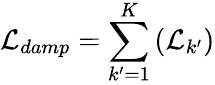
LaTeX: \mathcal{L}_{damp}=\sum_{k^{\prime}=1}^{K}\left(\mathcal{L}_{k^{\prime}}\right)